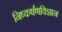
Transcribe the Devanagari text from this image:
निष्कर्षणविज्ञान